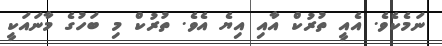
ނަމެކެވެ. އެއީ ތުރުކް އާއި އިޔެ އެވެ. ތުރުކް މި ބަހުގެ މާނައަކީ